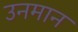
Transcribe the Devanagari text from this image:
उनमान